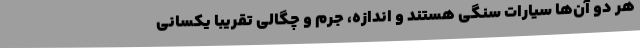
هر دو آن‌ها سیارات سنگی هستند و اندازه، جرم و چگالی تقریبا یکسانی